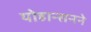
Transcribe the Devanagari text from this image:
योहान्सनने